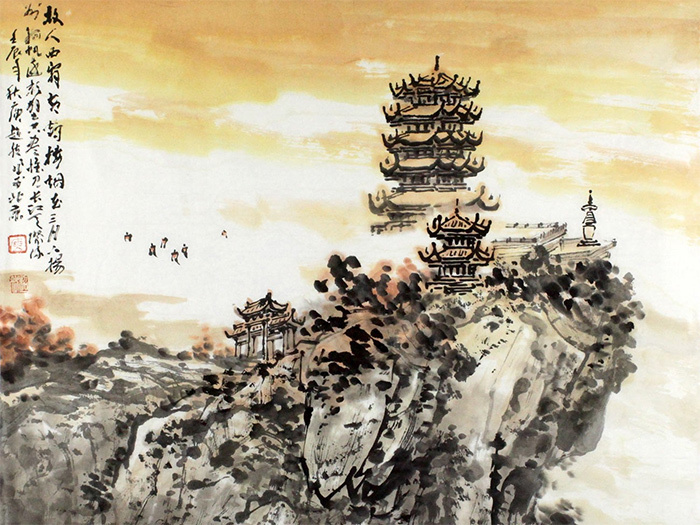
故人西辞黄鹤楼，烟花三月下扬州。